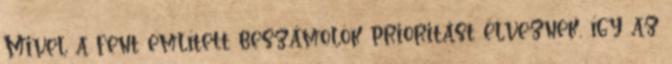
Mivel a fent említett beszámolók prioritást élveznek, így az